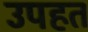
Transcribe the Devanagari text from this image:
उपहत